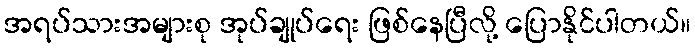
အရပ်သားအများစု အုပ်ချုပ်ရေး ဖြစ်နေပြီလို့ ပြောနိုင်ပါတယ်။